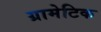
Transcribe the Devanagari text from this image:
ग्रामेटिक